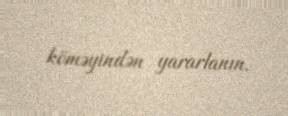
köməyindən yararlanın.